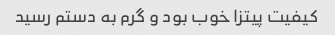
کیفیت پیتزا خوب بود و گرم به دستم رسید